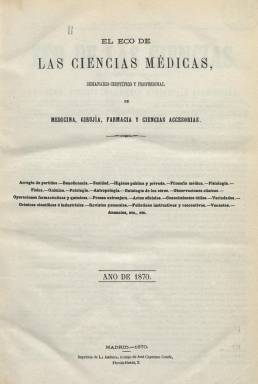
Título: El Eco de las ciencias
Colección: Medicina || Farmacia
Ámbito geográfico: Madrid
Lugar de publicación: Madrid
Fechas: 02/01/1870-27/03/1870

Con el subtítulo “enciclopedia científica y popular de medicina, cirujía, farmacia y ciencias accesorias”, es fundado por el farmacéutico Faustino Hernando Horcajo, apareciendo su primera entrega semanal el dos enero de 1870. En su presentación se dice que abogará “por los intereses morales, científicos y profesionales de las clases médico-farmacéuticas” y por la difusión de “las ciencias y los conocimientos útiles”, siendo destinado al “médico, al farmacéutico, al químico, al físico, al naturalista y a toda persona aficionada al estudio de las ciencias y de los fenómenos de la naturaleza”, para lo que contará con “profesores distinguidos y hombres eminentes” como redactores y colaboradores.

Aparece cada domingo en entregas de dieciséis páginas, compuestas a dos columnas, estampadas en la madrileña Imprenta de La América, a cargo de José Cayetano Conde. Cada número comienza con el sumario de sus contenidos. Estos se estructuran en las siguientes secciones: Doctrinal, con artículos sobre asuntos profesionales, organización sanitaria, beneficencia o higiene; Científica y filosófica, con trabajos teóricos y de opinión sobre filosofía médica, física, química, patología, biología, antropología y ontología; Práctica, sobre clínica médica y patología; un resumen de Prensa extranjera; Oficial, con disposiciones administrativas; Profesional; Conocimientos útiles; Variedades; Crónicas; Revista científica universal (quincenal), y Folletín, además de estudios biográficos y bibliográficos, vacantes y anuncios.

Hernando Horcajo, natural de Pradoluengo (Burgos), había realizado sus estudios de Farmacia en la Universidad Central, entre 1862 y 1868. Fue colaborador en periódicos progresistas como La Soberanía nacional (1864), Gil Blas (1864), El Universal (1867) y Los Sucesos (1868).

Según los derechos del timbre, de los 18 periódicos profesionales madrileños que los satisficieron en el año económico 1869-1870, cinco eran de carácter médico, siendo El Eco de las ciencias, el que menos pagó (12 escudos), frente a los más de 212 de El Siglo médico (1854), tal como recoge El Genio médico-quirúrgico (p. 78).

A partir de del número 14, del siete de abril, el semanario ampliara su título a El Eco de las ciencias médicas, que también forma parte de la colección de la Biblioteca Nacional de España.